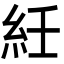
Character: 紝